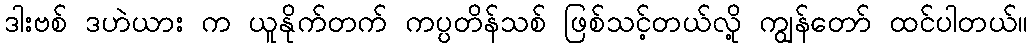
ဒါးဗစ် ဒဟဲယား က ယူနိုက်တက် ကပ္ပတိန်သစ် ဖြစ်သင့်တယ်လို့ ကျွန်တော် ထင်ပါတယ်။